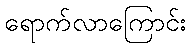
ရောက်လာကြောင်း